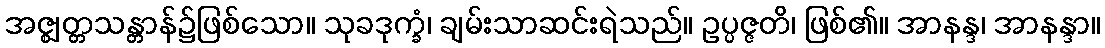
အဇ္ဈတ္တသန္တာန်၌ဖြစ်သော။ သုခဒုက္ခံ၊ ချမ်းသာဆင်းရဲသည်။ ဥပ္ပဇ္ဇတိ၊ ဖြစ်၏။ အာနန္ဒ၊ အာနန္ဒာ။